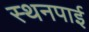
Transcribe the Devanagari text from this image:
स्थनपाई